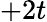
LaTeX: +2t